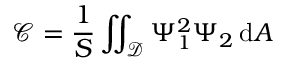
\mathscr { C } = \frac { 1 } { S } \iint _ { \mathcal { D } } \Psi _ { 1 } ^ { 2 } \Psi _ { 2 } \, \mathrm { d } A